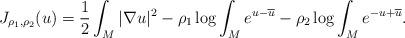
LaTeX: \begin{align*}J_{\rho_1,\rho_2}(u)=\frac12\int_{M}|\nabla u|^2-\rho_1\log\int_{M}e^{u-\overline{u}} -\rho_2\log\int_{M}e^{-u+\overline{u}}.\end{align*}